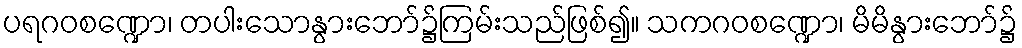
ပရဂဝစဏ္ဍော၊ တပါးသောနွားဘော်၌ကြမ်းသည်ဖြစ်၍။ သကဂဝစဏ္ဍော၊ မိမိနွားဘော်၌